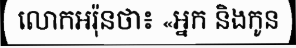
លោកអរ៉ុនថា៖ «អ្នក និងកូន